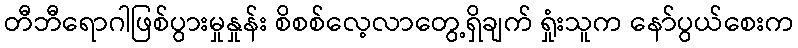
တီဘီရောဂါဖြစ်ပွားမှုနှုန်း စိစစ်လေ့လာတွေ့ရှိချက် ရှုံးသူက နော်ပွယ်စေးက